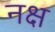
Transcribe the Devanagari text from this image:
नक्ष